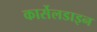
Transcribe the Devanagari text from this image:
कार्सेलडाइन